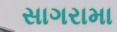
સાગરામા